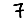
Digit: 7